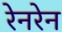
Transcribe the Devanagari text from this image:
रेनरेन